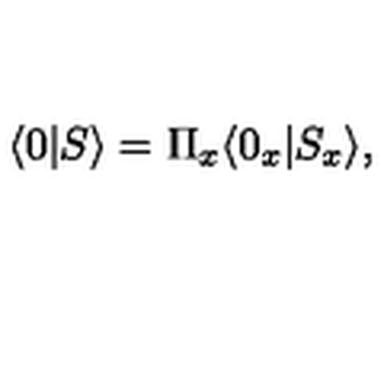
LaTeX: \langle 0 | S \rangle = \Pi _ { x } \langle 0 _ { x } | S _ { x } \rangle ,